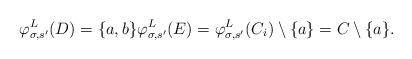
\begin{align*}\varphi^L_{\sigma, s'}(D) = \{a, b\} \varphi^L_{\sigma, s'}(E) = \varphi^L_{\sigma, s'}(C_i) \setminus \{a\} = C \setminus \{a\}.\end{align*}